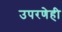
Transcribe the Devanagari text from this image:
उपरणेही